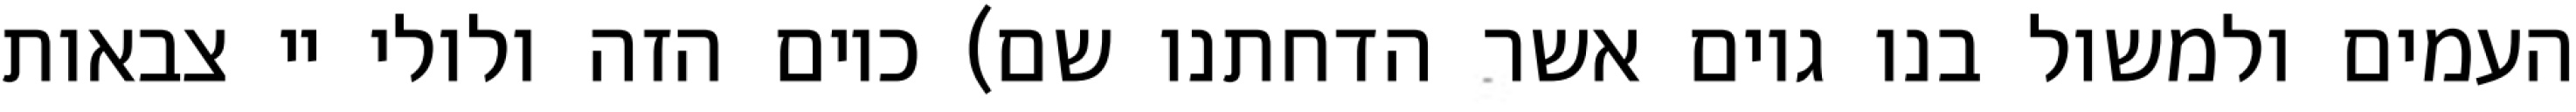
העמים ולמשול בנו גוים אשר הדחתנו שם) כיום הזה ולולי יי צבאות